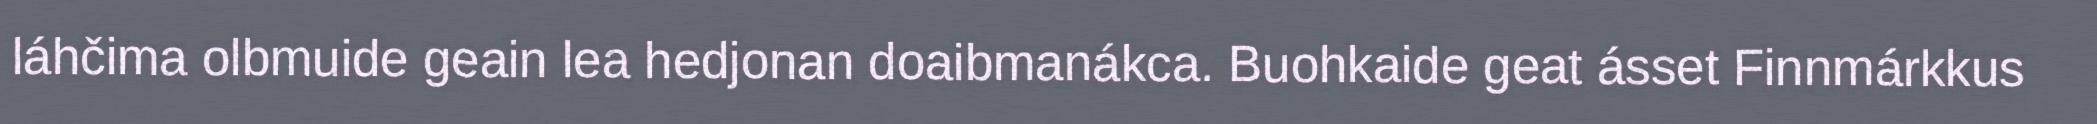
láhčima olbmuide geain lea hedjonan doaibmanákca. Buohkaide geat ásset Finnmárkkus